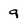
Character: g